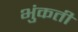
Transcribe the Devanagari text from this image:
भुंकती